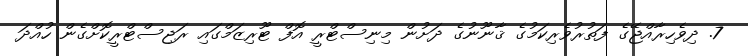
7. ދިވެހިރާއްޖޭގެ ފަތުރުވެރިކަމުގެ ޤާނޫނުގެ ދަށުން މިނިސްޓްރީ އޮފް ޓޫރިޒަމްގައި ރަޖިސްޓްރީކޮށްގެން ހުއްދަ